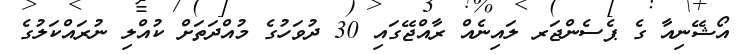
އޯޝޭނިއާ ގެ ޕެސެންޖަރ ލައިނެއް ރާއްޖޭގައި 30 ދުވަހުގެ މުއްދަތަށް ކުއްލި ނުރައްކަލުގެ